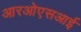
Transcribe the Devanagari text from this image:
आरओएसआई